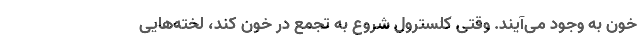
خون به وجود می‌آیند. وقتی کلسترول شروع به تجمع در خون کند، لخته‌هایی